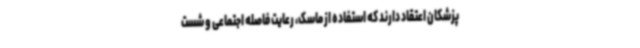
پزشکان اعتقاد دارند که استفاده از ماسک، رعایت فاصله اجتماعی و شست